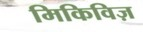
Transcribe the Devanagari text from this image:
मिकिविज़